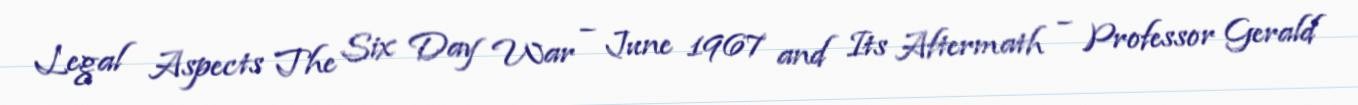
Legal Aspects The Six Day War – June 1967 and Its Aftermath – Professor Gerald